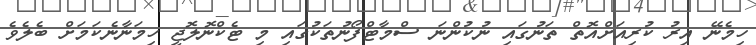
ހިމެނޭ އިރު ކުރިއަށްއޮތް ތަނުގައި ނުކުންނަ ސްމާޓްފޯނުތަކުގައި މި ޓެކްނޮލޮޖީ ހިމަނާނެކަމަށް ބެލެވެ